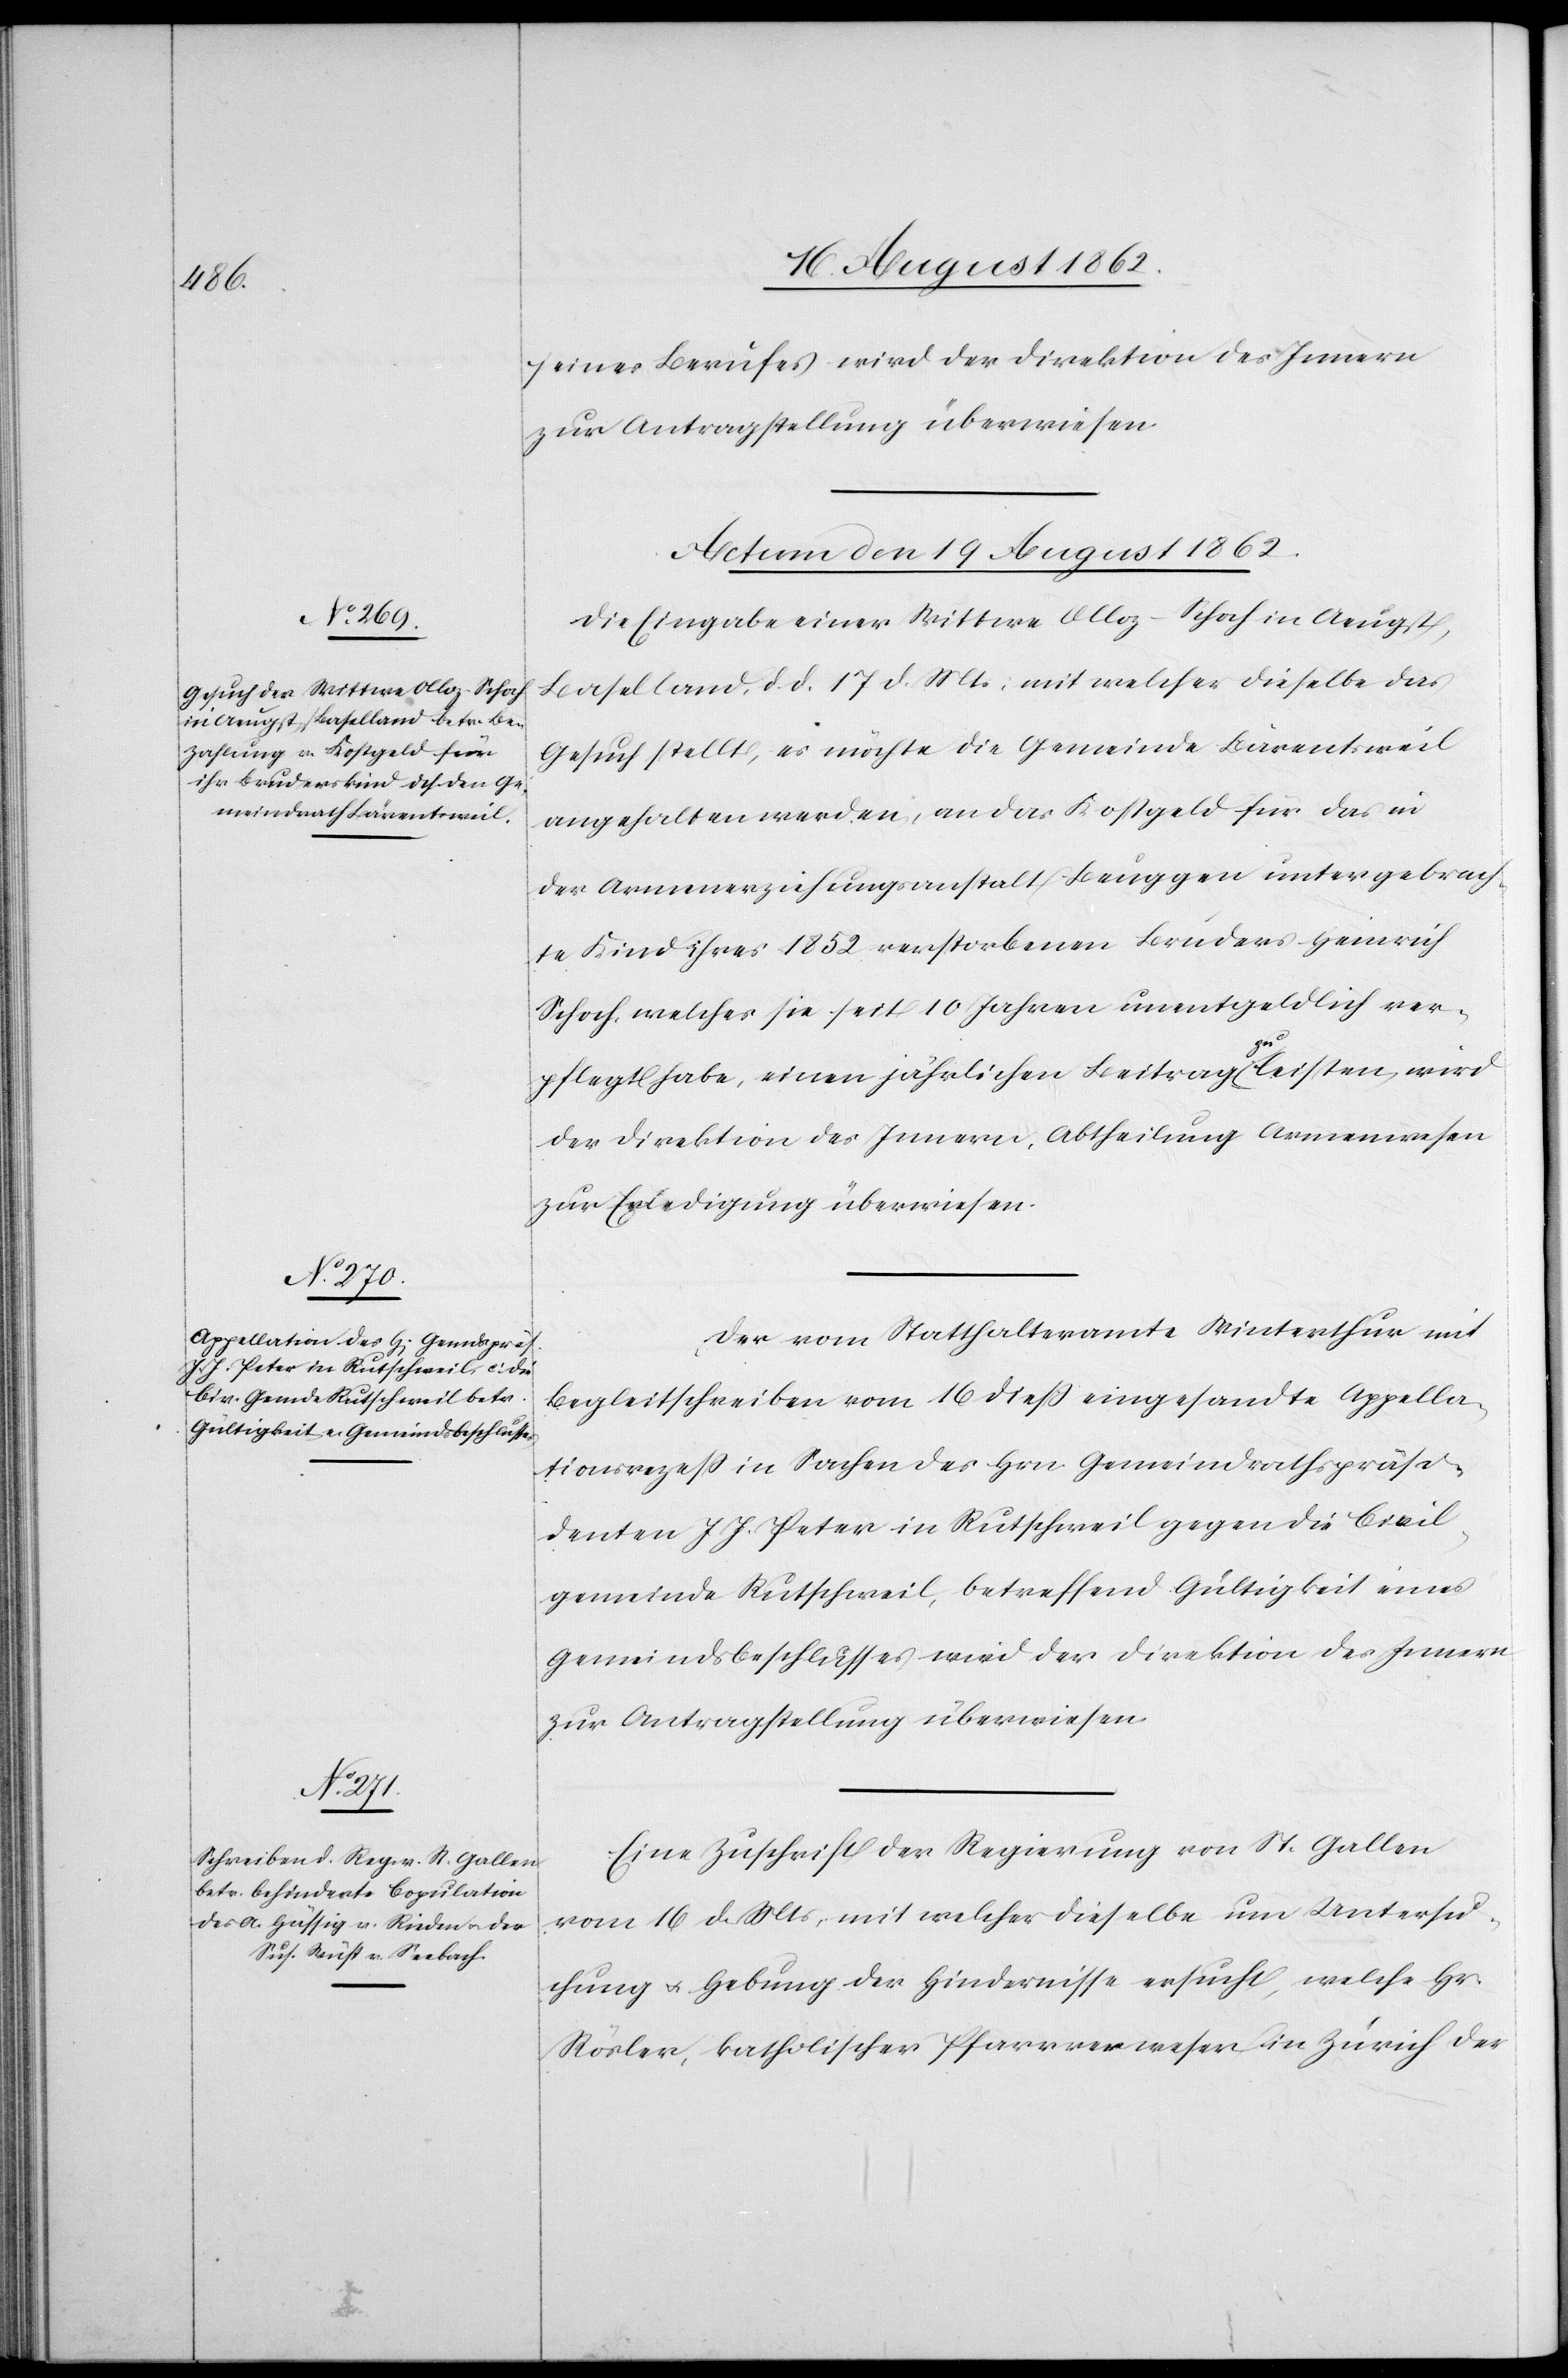
seines Berufes wird der Direktion des Innern
zur Antragstellung überwiesen.
Actum den 19. August 1862.]
Die Eingabe einer Wittwe Alloz-Schoch in Aeugst,
Baselland, d. d. 17. d. Mts. mit welcher dieselbe das
Gesuch stellt, es möchte die Gemeinde Bärentsweil
angehalten werden, an das Kostgeld für das i¬
n Armenerziehungsanstalt Beuggen untergebrach¬
ten Kind ihres 1852 verstorbenen Bruders Heinrich
Schoch, welches sie seit 10 Jahren unentgeldlich ver¬
pflegt habe, einen jährlichen Beitrag zu leisten, wird
der Direktion des Innern, Abtheilung Armenwesen
zur Erledigung überwiesen.
Der vom Statthalteramte Winterthur mit
Begleitschreiben vom 16. dieß eingesandte Appella¬
tionsrezeß in Sachen des Hrn. Gemeindrathspräsi¬
denten J. J. Peter in Rutschweil gegen die Civil¬
gemeinde Rutschweil, betreffend Gültigkeit eines
Gemeindsbeschlusses wird der Direktion des Innern
zur Antragstellung überwiesen.
Eine Zuschrift der Regierung von St. Gallen
vom 16. d. Mts., mit welcher dieselbe um Untersu¬
chung u. Hebung der Hindernisse ersucht, welche Hr.
Rösler, katholischer Pfarrverweser in Zürich der